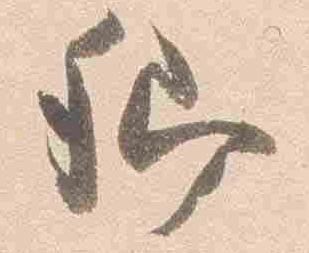
卿